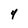
Character: 4